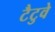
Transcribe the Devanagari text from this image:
टैटुवे